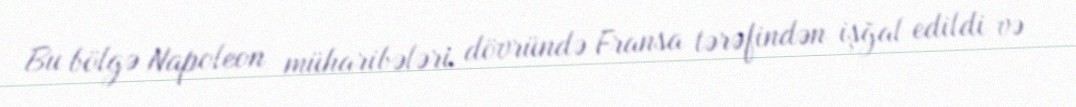
Bu bölgə Napoleon müharibələri dövründə Fransa tərəfindən işğal edildi və